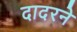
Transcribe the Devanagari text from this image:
दादरने